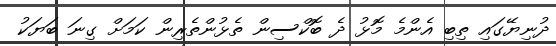
ދުނިޔޭގައި ތިބި އެންމެ މޮޅު ދެ ބޮކްސިން ތެޅުންތެރިން ކަމަށް ގިނަ ބަޔަކު